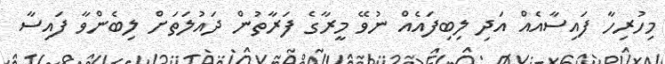
މިހުރިހާ ފައިސާއެއް އަދި ލިބިފައެއް ނުވޭ މީރާގެ ފަރާތުން ދައުލަތަށް ލިބެންވާ ފައިސާ